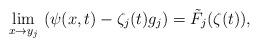
LaTeX: \begin{align*}\lim_{x \to y_j}\, \left( \psi(x,t)-\zeta_j(t) g_j\right)=\tilde F_j(\zeta(t)),\end{align*}